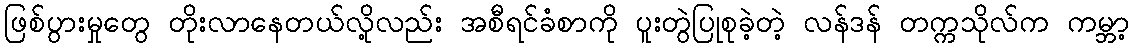
ဖြစ်ပွားမှုတွေ တိုးလာနေတယ်လို့လည်း အစီရင်ခံစာကို ပူးတွဲပြုစုခဲ့တဲ့ လန်ဒန် တက္ကသိုလ်က ကမ္ဘာ့